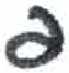
אות: פ